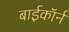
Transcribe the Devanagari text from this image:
बाईकॉर्न